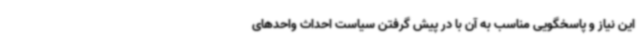
این نیاز و پاسخگویی مناسب به آن با در پیش گرفتن سیاست احداث واحدهای